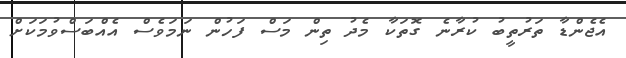
އެޖެންޑާ ތަރުތީބު ކުރާނެ ގޮތަކާ މެދު ތިން މަސް ފަހުން ނަމަވެސް އެއްބަސްވުމަކަށް